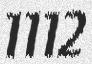
1112